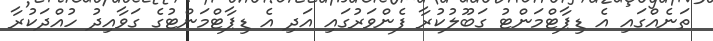
ތަނެއްގައި އެ ޑިޕާޓްމަންޓު ގަބޫލުކުރާ ފެންވަރުގައި އަދި އެ ޑިޕާޓްމަންޓުގެ ގަވާއިދު ހުއްދަކުރާ